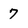
Character: 7